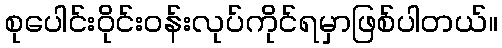
စုပေါင်းဝိုင်းဝန်းလုပ်ကိုင်ရမှာဖြစ်ပါတယ်။